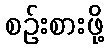
စဉ်းစားဖို့